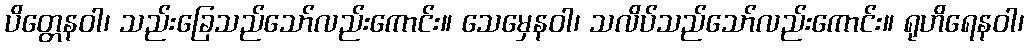
ပိတ္တေနဝါ၊ သည်းခြေသည်သော်လည်းကောင်း။ သေမှေနဝါ၊ သလိပ်သည်သော်လည်းကောင်း။ ရုဟိရေနဝါ၊